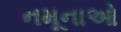
નમૂનાઓ